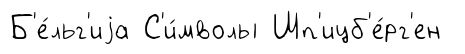
Б'е́льг'иjа С'и́мволы Шп'ицб'е́рг'ен